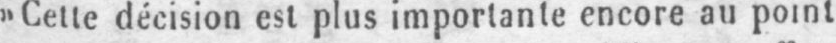
»Cette décision esl plus importante encore au point